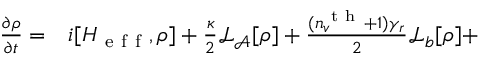
\begin{array} { r l r } { \frac { \partial \rho } { \partial t } = } & { { } i [ H _ { \mathrm { ~ e ~ f ~ f ~ } } , \rho ] + \frac { \kappa } { 2 } \mathcal { L } _ { \mathcal { A } } [ \rho ] + \frac { ( n _ { v } ^ { \mathrm { ~ t ~ h ~ } } + 1 ) \gamma _ { r } } { 2 } \mathcal { L } _ { b } [ \rho ] + } & { } \end{array}